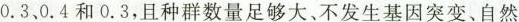
0.3、0.4和0.3，且种群数量足够大、不发生基因突变、自然